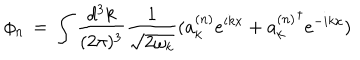
\phi _ { n } \, = \, \int \frac { d ^ { 3 } k } { ( 2 \pi ) ^ { 3 } } \frac { 1 } { \sqrt { 2 \omega _ { k } } } ( a _ { k } ^ { ( n ) } e ^ { i k x } + { a _ { k } ^ { ( n ) } } ^ { \dagger } e ^ { - i k x } )